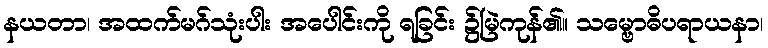
နယတာ၊ အထက်မဂ်သုံးပါး အပေါင်းကို ရခြင်း ၌မြဲကုန်၏။ သမ္ဗောဓိပရာယနာ၊